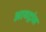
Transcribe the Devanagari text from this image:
आयट्रांस